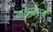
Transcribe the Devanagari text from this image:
कामदनृत्य